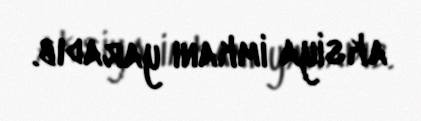
aksiya imkanı yaradıb.